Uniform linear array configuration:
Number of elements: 64
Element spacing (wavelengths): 1
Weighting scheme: cosine
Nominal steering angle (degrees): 0
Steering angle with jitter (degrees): -0.1695
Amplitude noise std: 0.05
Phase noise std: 0.05

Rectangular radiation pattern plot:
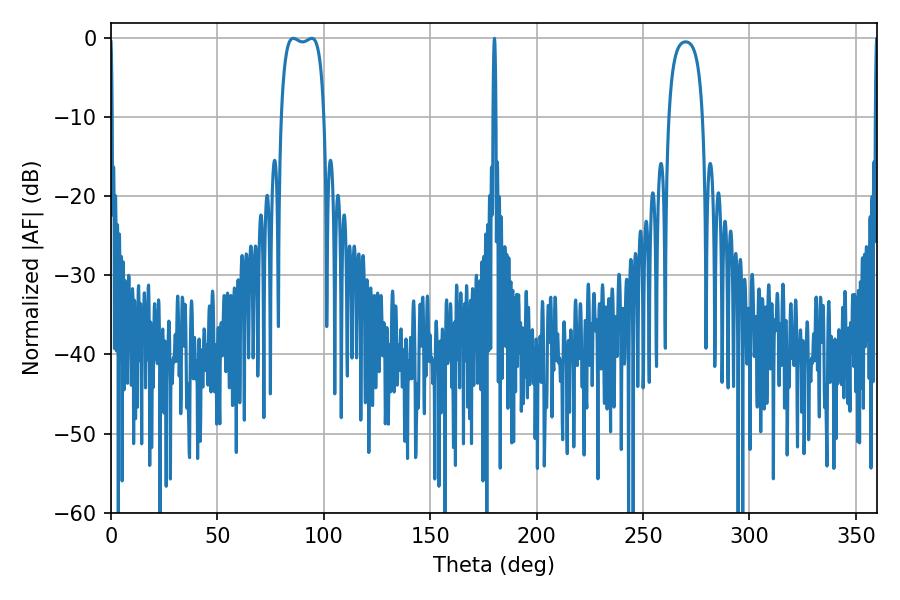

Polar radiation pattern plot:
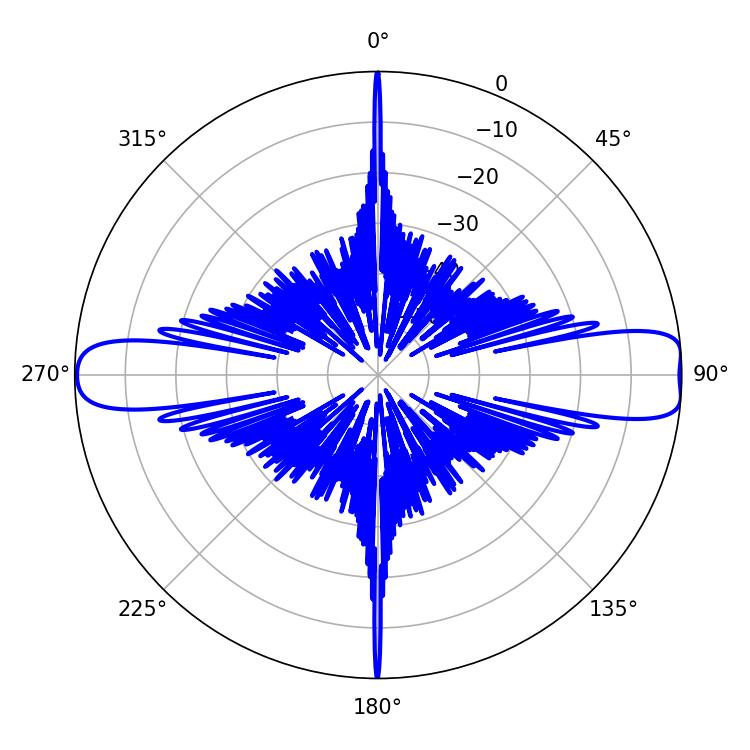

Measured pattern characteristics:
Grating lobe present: TRUE
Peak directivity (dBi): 12.942
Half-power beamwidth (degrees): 16.2
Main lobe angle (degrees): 85.68